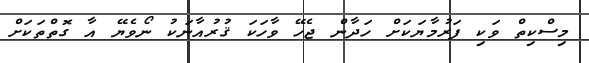
މިސްކިތް ވަކި ފަރުމާޔަކަށް ހަދާން ޖެހޭ ވާހަކަ ޤުރުއާނަކު ނޯވެޔޭ އާ ގޮތްތަކަށް